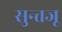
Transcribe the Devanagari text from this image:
सुन्तजू